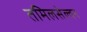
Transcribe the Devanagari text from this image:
तमिलसेल्वन